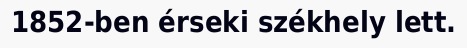
1852-ben érseki székhely lett.